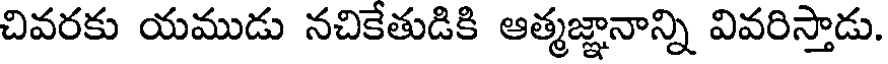
చివరకు యముడు నచికేతుడికి ఆత్మజ్ఞానాన్ని వివరిస్తాడు.